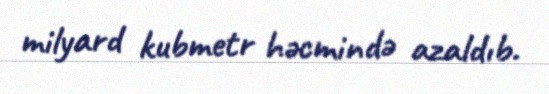
milyard kubmetr həcmində azaldıb.